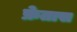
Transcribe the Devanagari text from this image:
फ्रेतास